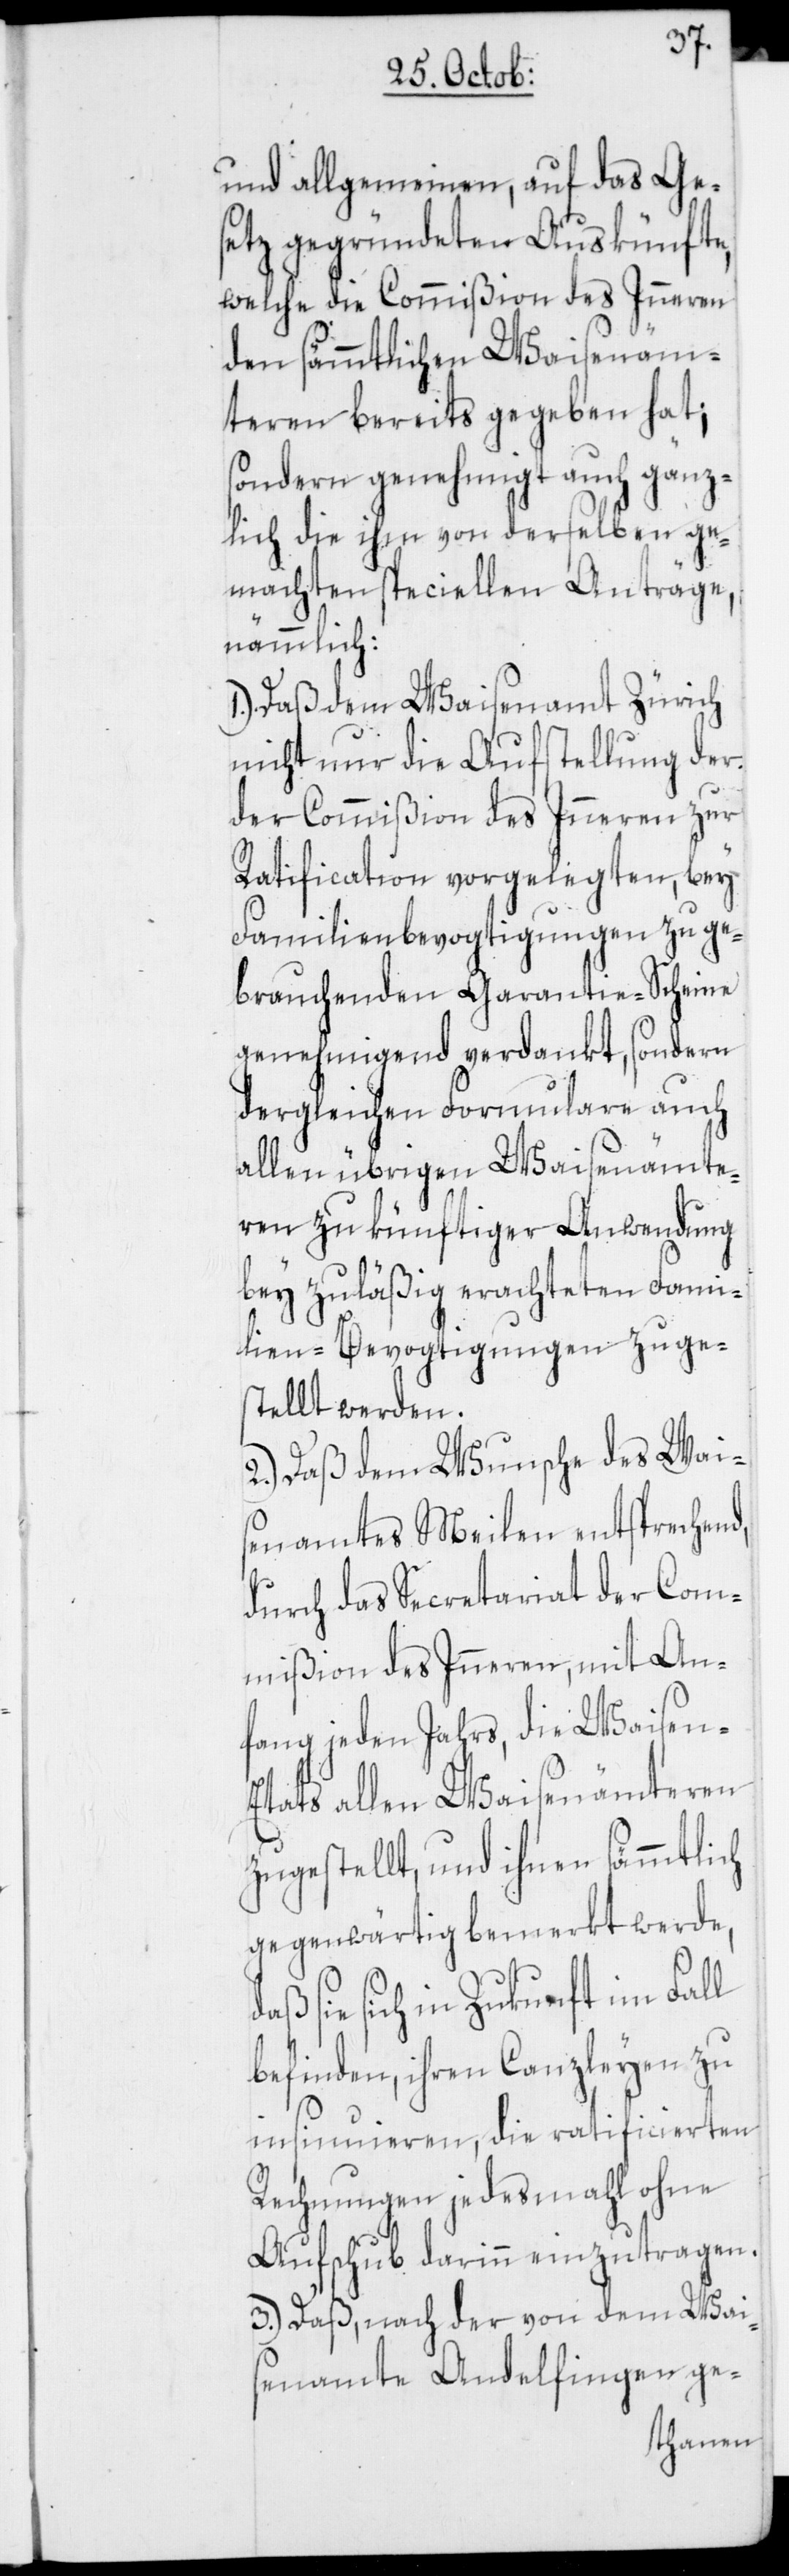
und allgemeinen, auf das Ges¬
etz gegründeten Auskünfte,
welche die Commißion des Inneren
den sämmtlichen Waisenäm¬
teren bereits gegeben hat;
sondern genehmigt auch gänz¬
lich die ihm von derselben ge¬
machten speciellen Anträge,
nämmlich:
1.) Daß dem Waisenamt Zürich
nicht nur die Aufstellung der,
der Commißion des Inneren zur
Ratification vorgelegten, bey
Familienbevogtigungen zu ge¬
brauchenden Garantie-Scheine
genehmigend verdankt, sondern
dergleichen Formulare auch
allen übrigen Waisenämte¬
ren zu künftiger Anwendung
bey zuläßig erachteten Fami¬
lien-Bevogtigungen zuge¬
stellt werden.
2.) Daß dem Wunsche des Wais¬
enamtes Meilen entsprechend,
durch das Secretariat der Com¬
mißion des Inneren, mit An¬
fang jeden Jahrs, die Waisen-E¬
tats allen Waisenämteren
zugestellt, und ihnen sämmtlich
gegenwärtig bemerkt werde,
sie sich in Zukunft im Fall
befinden, ihren Canzleyen zu
insinuieren, die ratificierten
Rechnungen jedesmahl ohne
Aufschub darinn einzutragen.
3.) Daß, nach der von dem Wai¬
senamte Andelfingen ge-